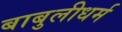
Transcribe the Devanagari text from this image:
बाबुलीधर्म